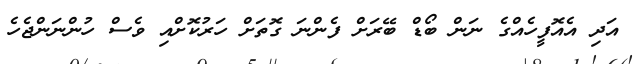
އަދި އެއޮފީހެއްގެ ނަން ބޯޑް ބޭރަށް ފެންނަ ގޮތަށް ހަރުކޮށްއި ވެސް ހުންނަންޖެހެ